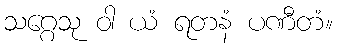
သဂ္ဂေသု ဝါ ယံ ရတနံ ပဏီတံ။